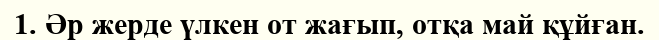
1. Әр жерде үлкен от жағып, отқа май құйған.